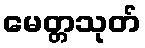
မေတ္တသုတ်